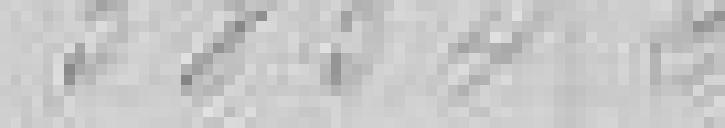
3854 20